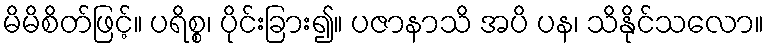
မိမိစိတ်ဖြင့်။ ပရိစ္စ၊ ပိုင်းခြား၍။ ပဇာနာသိ အပိ ပန၊ သိနိုင်သလော။